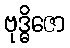
ဗုဒ္ဓိဇော